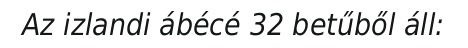
Az izlandi ábécé 32 betűből áll: